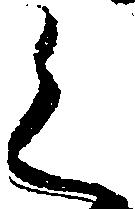
く